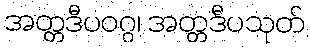
အတ္တဒီပဝဂ္ဂ၊ အတ္တဒီပသုတ်